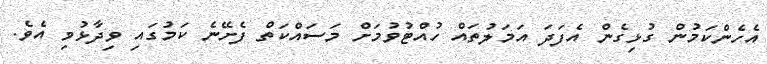
އެހެންކަމުން ގުޅިގެން އެފަދަ އަމަލުތައް ހުއްޓުވުމަށް މަސައްކަތް ފެށޭނެ ކަމުގައި ވިދާޅުވި އެވެ.